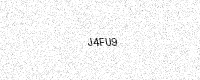
Text: J4FU9